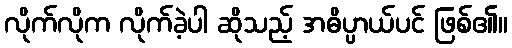
လိုက်လိုက လိုက်ခဲ့ပါ ဆိုသည့် အဓိပ္ပာယ်ပင် ဖြစ်၏။